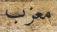
معزب